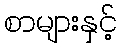
စာများနှင့်